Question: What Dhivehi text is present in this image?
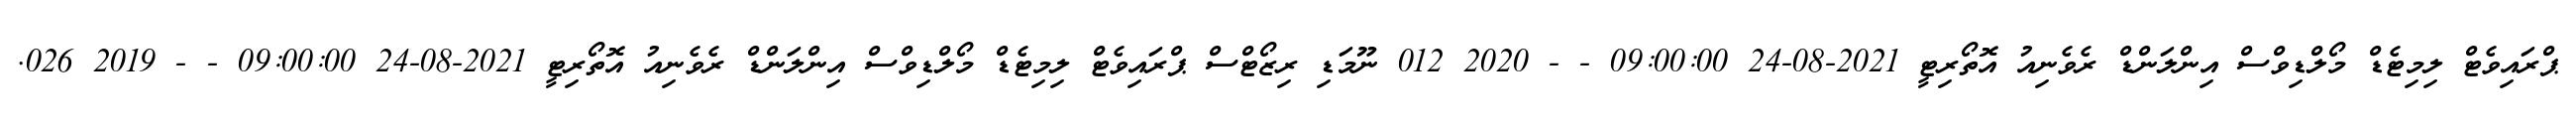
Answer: ޕްރައިވެޓް ލިމިޓެޑް މޯލްޑިވްސް އިންލަންޑް ރެވެނިއު އޮތޯރިޓީ 2021-08-24 09:00:00 - - 2020 012 ނޫމަޑި ރިޒޯޓްސް ޕްރައިވެޓް ލިމިޓެޑް މޯލްޑިވްސް އިންލަންޑް ރެވެނިއު އޮތޯރިޓީ 2021-08-24 09:00:00 - - 2019 026.